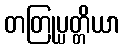
တတြုပ္ပတ္တိယာ